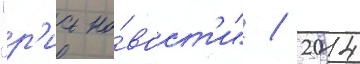
"р'иа но́вост'и" / 2014